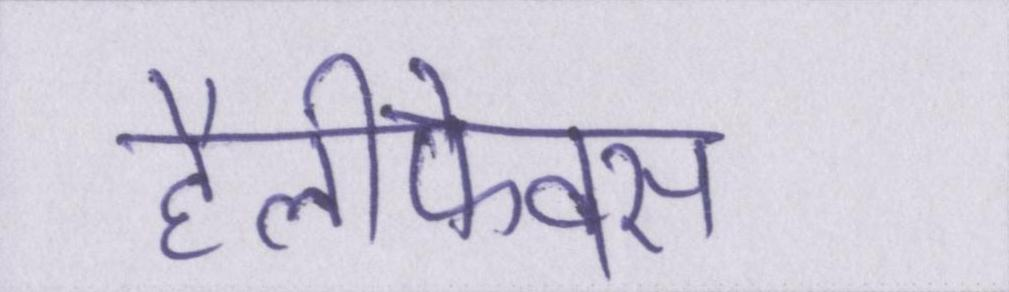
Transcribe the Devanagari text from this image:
हैलीफेक्स